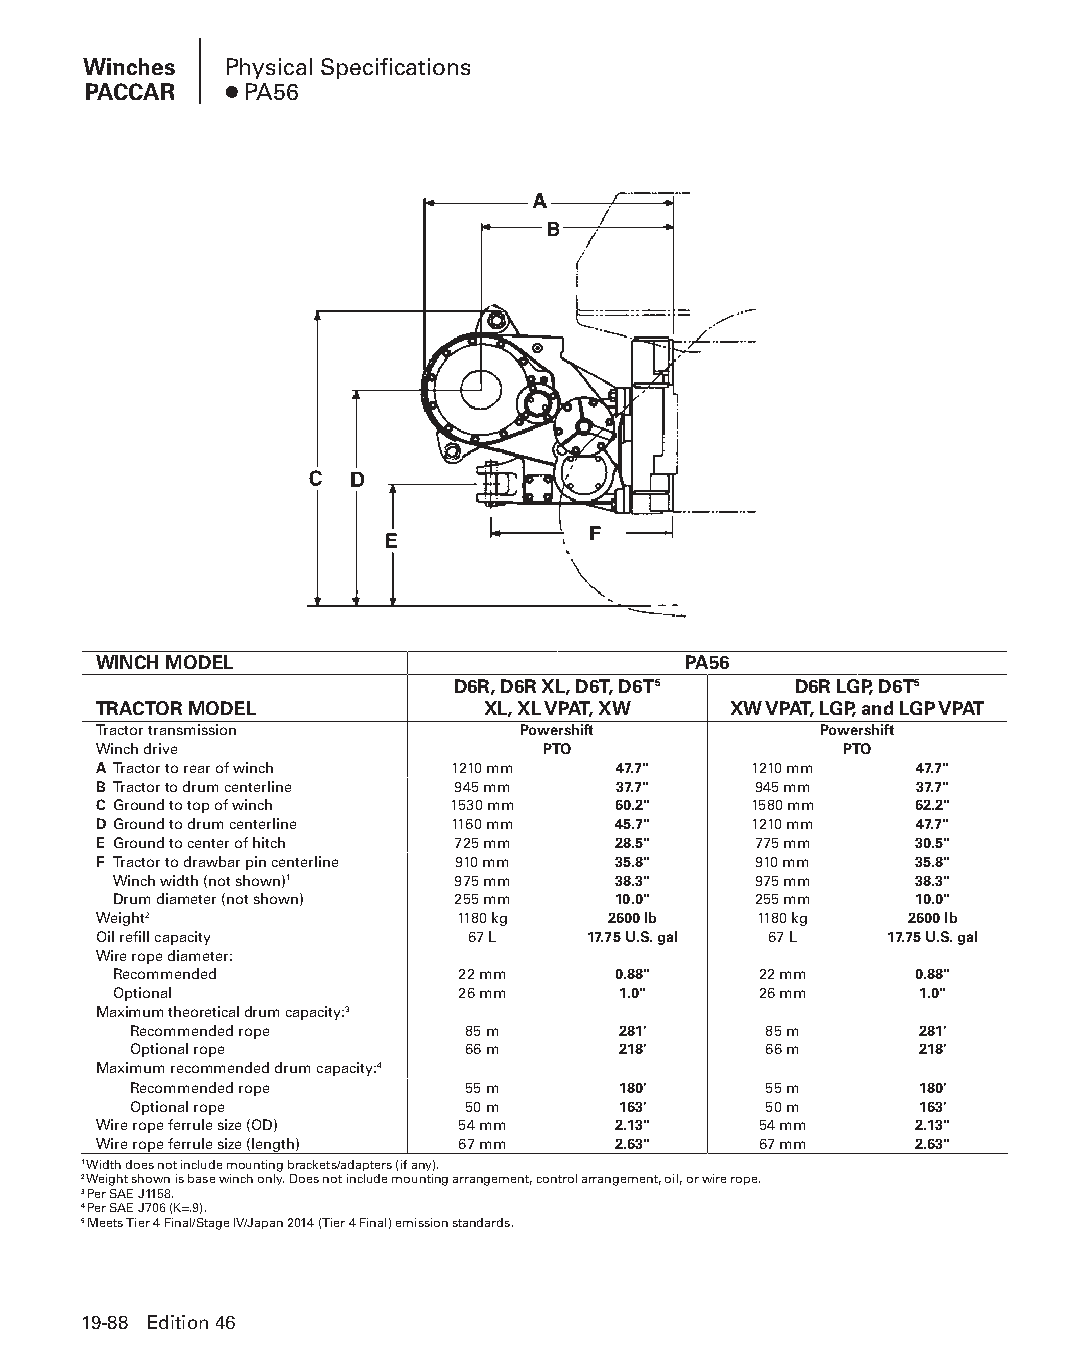
Winches  Physical Specifications
 PACCAR   ● PA56
 WINCH MODEL                            PA56
 D6R, D6R XL, D6T, D6T5 D6R LGP, D6T5
 TRACTOR MODEL            XL, XL VPAT, XW  XW VPAT, LGP, and LGP VPAT
 Tractor transmission        Powershift          Powershift
 Winch drive                  PTO                 PTO
 A Tractor to rear of winch 1210 mm 47.7"   1210 mm    47.7"
 B Tractor to drum centerline 945 mm 37.7"  945 mm     37.7"
 C Ground to top of winch 1530 mm  60.2"    1580 mm    62.2"
 D Ground to drum centerline 1160 mm 45.7"  1210 mm    47.7"
 E Ground to center of hitch 725 mm 28.5"   775 mm     30.5"
 F Tractor to drawbar pin centerline 910 mm 35.8" 910 mm 35.8"
 Winch width (not shown)1 975 mm  38.3"    975 mm     38.3"
 Drum diameter (not shown) 255 mm 10.0"    255 mm     10.0"
 Weight2                 1180 kg   2600 lb  1180 kg   2600 lb
 Oil refill capacity     67 L    17.75 U.S. gal 67 L 17.75 U.S. gal
 Wire rope diameter:
 Recommended            22 mm     0.88"     22 mm     0.88"
 Optional               26 mm     1.0"      26 mm     1.0"
 Maximum theoretical drum capacity:3
 Recommended rope      85 m      281'      85 m      281'
 Optional rope         66 m      218'      66 m      218'
 Maximum recommended drum capacity:4
 Recommended rope      55 m      180'      55 m      180'
 Optional rope         50 m      163'      50 m      163'
 Wire rope ferrule size (OD) 54 mm 2.13"     54 mm     2.13"
 Wire rope ferrule size (length) 67 mm 2.63" 67 mm     2.63"
 1 Width does not include mounting brackets/adapters (if any).
 2 Weight shown is base winch only. Does not include mounting arrangement, control arrangement, oil, or wire rope.
 3 Per SAE J1158.
 4 Per SAE J706 (K=.9).
 5 Meets Tier 4 Final/Stage IV/Japan 2014 (Tier 4 Final) emission standards.
 19-88 Edition 46
 PPHHBB--SSeecc1199--TTTTTT--55--WWiinncchheess((ppgg8833--111122))..iinndddd 8888 1122//44//1155 1111::0000 AAMM